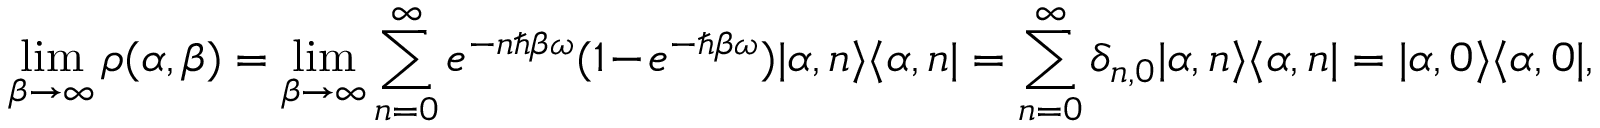
\operatorname* { l i m } _ { \beta \to \infty } \rho ( \alpha , \beta ) = \operatorname* { l i m } _ { \beta \to \infty } \sum _ { n = 0 } ^ { \infty } e ^ { - n \hbar \beta \omega } ( 1 - e ^ { - \hbar \beta \omega } ) | \alpha , n \rangle \langle \alpha , n | = \sum _ { n = 0 } ^ { \infty } \delta _ { n , 0 } | \alpha , n \rangle \langle \alpha , n | = | \alpha , 0 \rangle \langle \alpha , 0 | ,